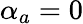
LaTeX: \alpha_{a}=0